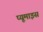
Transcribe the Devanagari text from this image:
प्यूमाइस